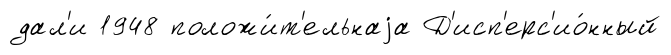
дал'и 1948 положи́т'ельнаjа Д'исп'ерс'ио́нный